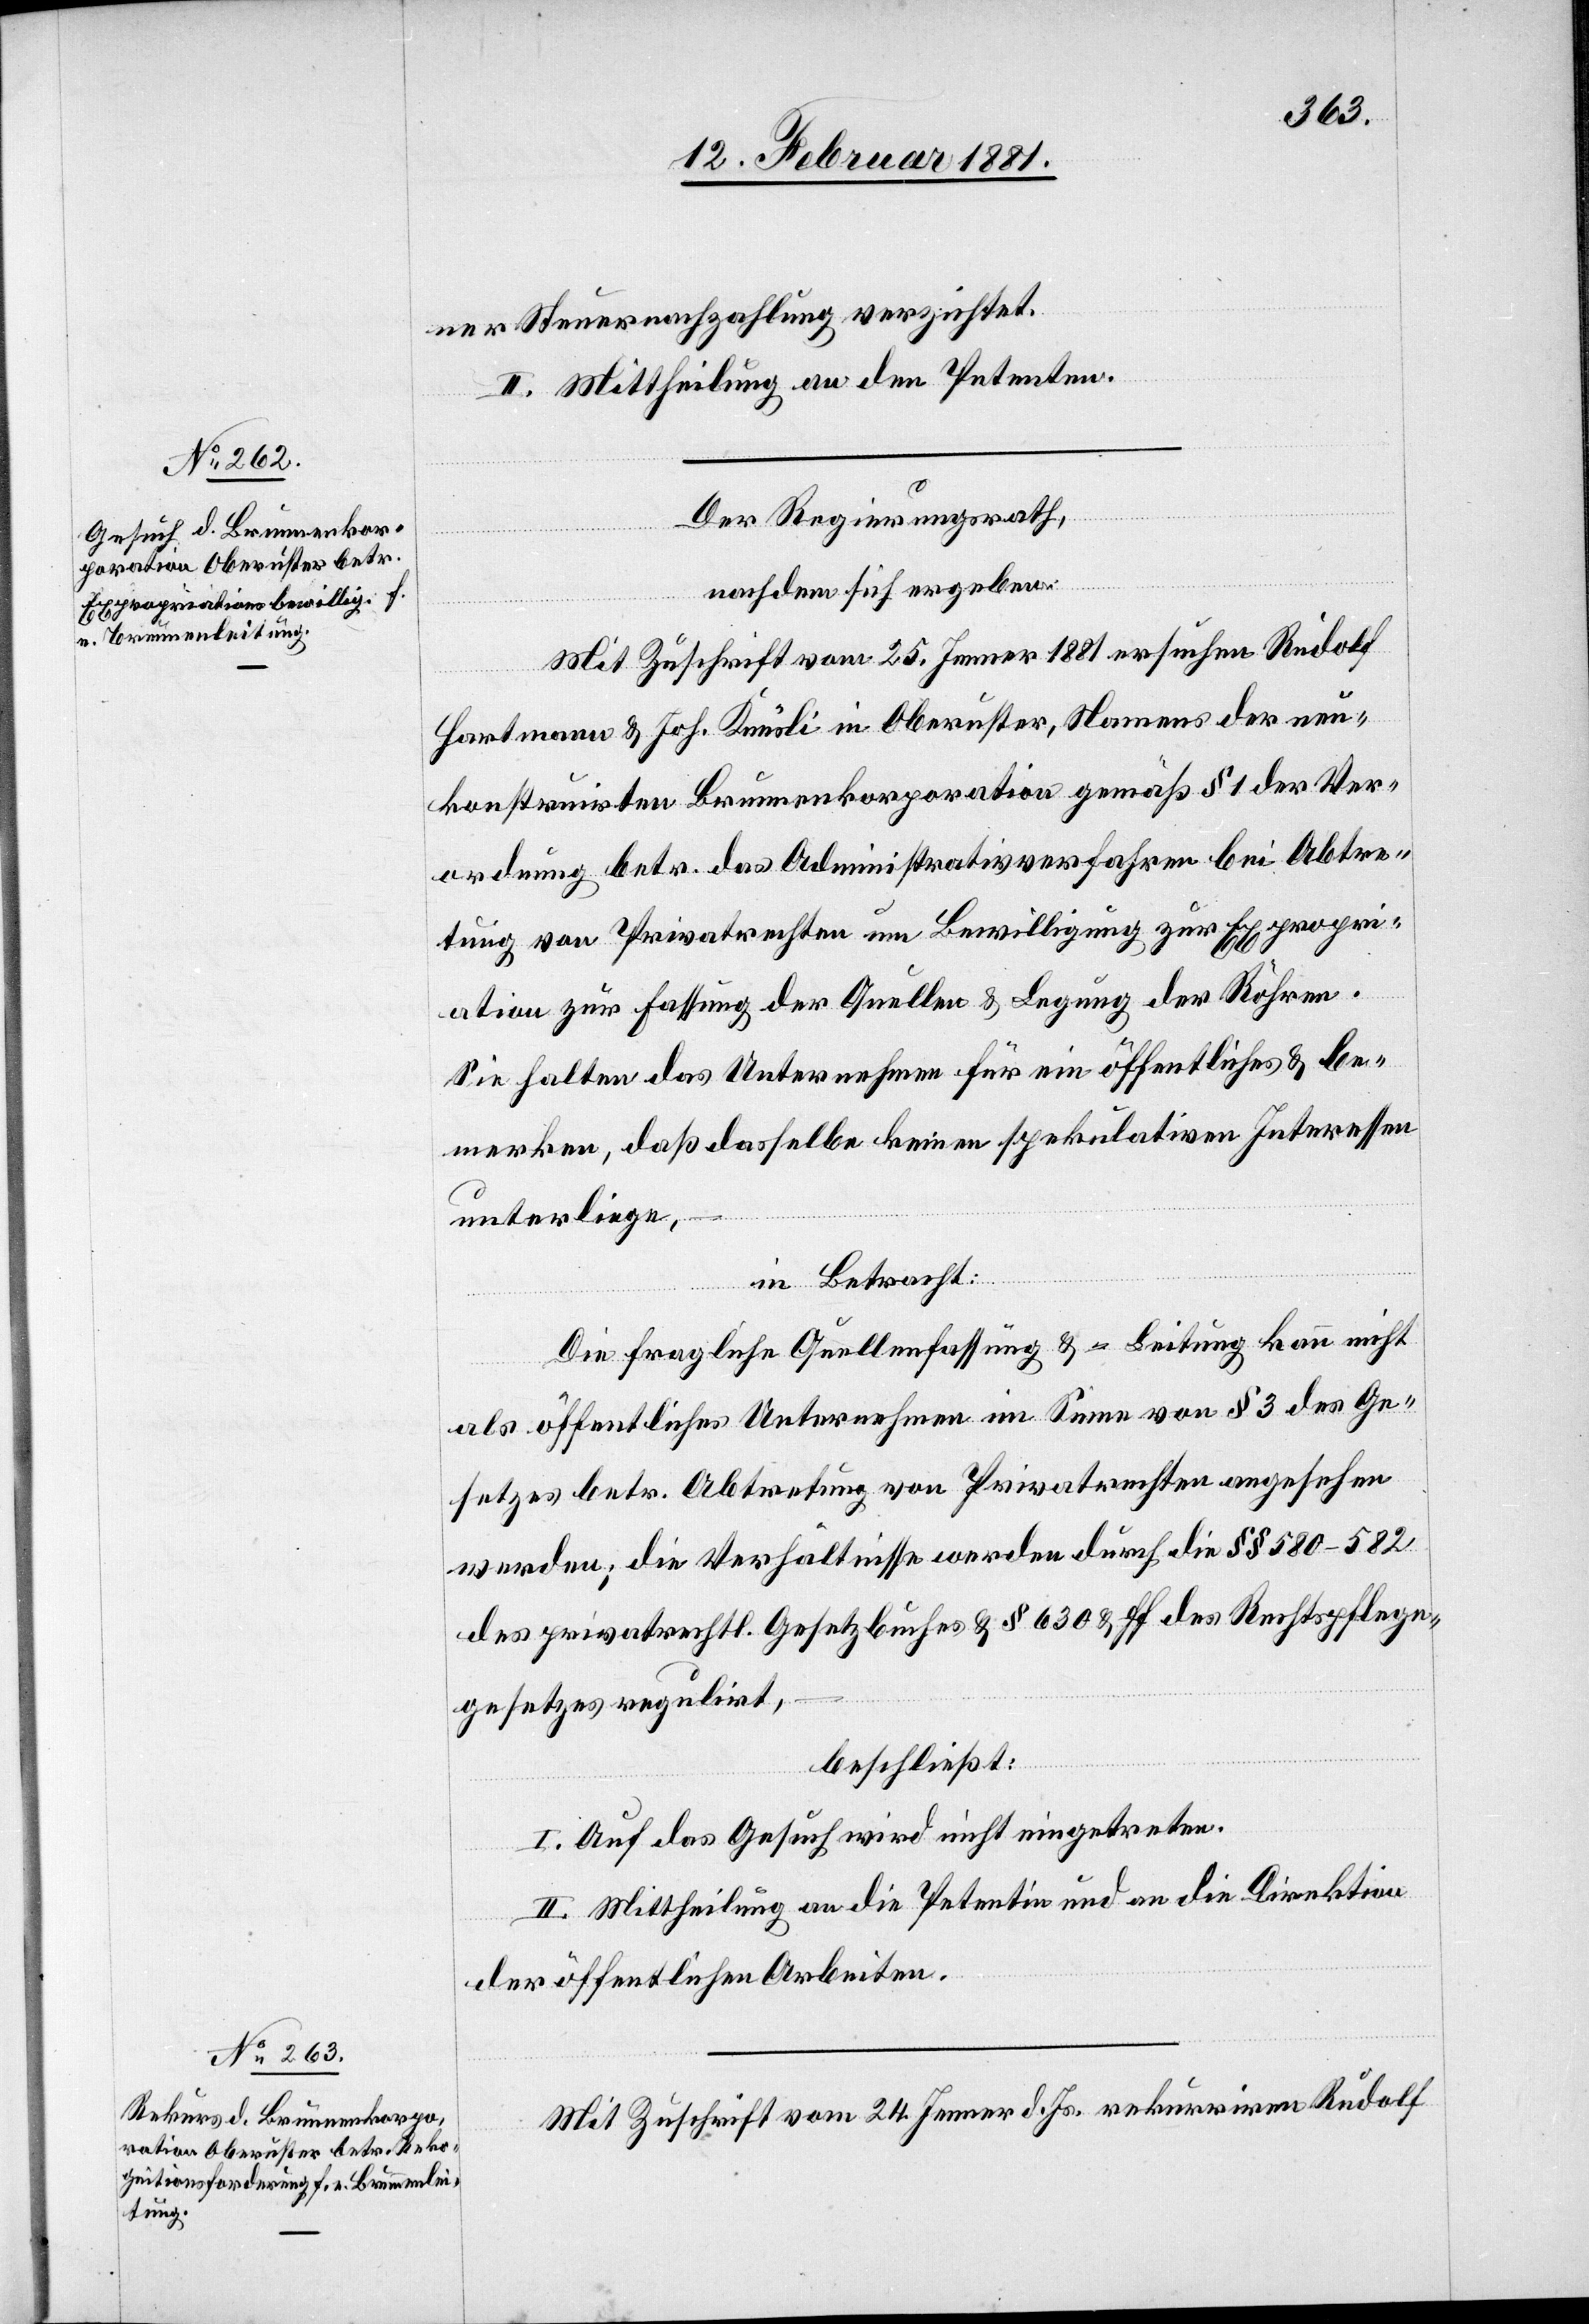
ner Steuernachzahlung verzichtet.
II. Mittheilung an den Petenten.
Der Regierungsrath,
nachdem sich ergeben:
Mit Zuschrift vom 25. Jenner 1881 ersuchen Rudolf
Hartmann & Joh. Knüsli in Oberuster, Namens der neu¬
konstruirten Brunnenkorporation gemäß § 1 der Ver¬
ordnung betr. das Administrativverfahren bei Abtre¬
tung von Privatrechten um Bewilligung zur Expropri¬
ation zur Fassung der Quellen & Legung der Röhren.
Sie halten das Unternehmen für ein öffentliches & be¬
merkten, daß dasselbe keinen spekulativen Interessen
unterliege,
in Betracht:
Die fragliche Quellenfassung & Leitung kann nicht
als öffentliches Unternehmen im Sinne von § 3 des Ge¬
setzes betr. Abtretung von Privatrechten angesehen
werden; die Verhältnisse werden durch die §§ 580–582
des privatrechtl. Gesetzbuches § 630 & ff des Rechtspflege¬
gesetzes regulirt,
beschließt:
I. Auf das Gesuch wird nicht eingetreten.
II. Mittheilung an die Petentin und an die Direktion
der öffentlichen Arbeiten.
Mit Zuschrift vom 24. Jenner d. Js. rekurriren Rudolf